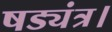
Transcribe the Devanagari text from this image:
षड्यंत्र।